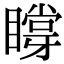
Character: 𥊼